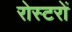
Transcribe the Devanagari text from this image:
रोस्टरों